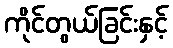
ကိုင်တွယ်ခြင်းနှင့်